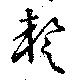
蹔